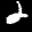
Label: 2